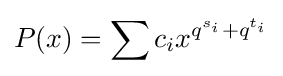
P(x)=\sum c_{i}x^{q^{s_{i}}+q^{t_{i}}}